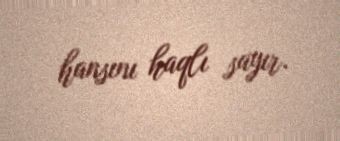
hansını haqlı sayır.